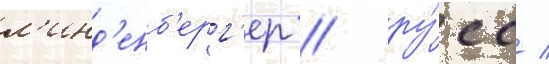
л'инд'енб'ерг'ер / ру́сс /